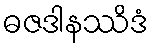
ဓဇဒါနဿိဒံ